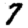
Digit: 7